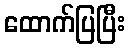
ထောက်ပြပြီး